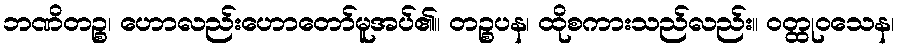
ဘဏိတဉ္စ၊ ဟောလည်းဟောတော်မူအပ်၏။ တဉ္စပန၊ ထိုစကားသည်လည်း။ ဝတ္ထုဝသေန၊